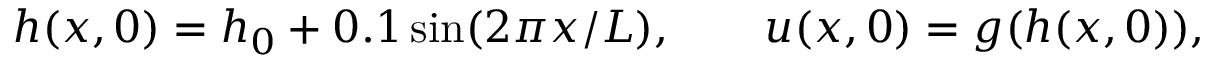
h ( x , 0 ) = h _ { 0 } + 0 . 1 \sin ( 2 \pi x / L ) , \qquad u ( x , 0 ) = g ( h ( x , 0 ) ) ,